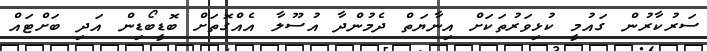
ސަރުކާރުން ގައުމީ ކުޅިވަރުތަކަށް އިނާޔަތް ދެމުންދާ އުސޫލާ އެއްގޮތަށް ބޮޑީބޯޑިން އަދި ބަށްޓައް